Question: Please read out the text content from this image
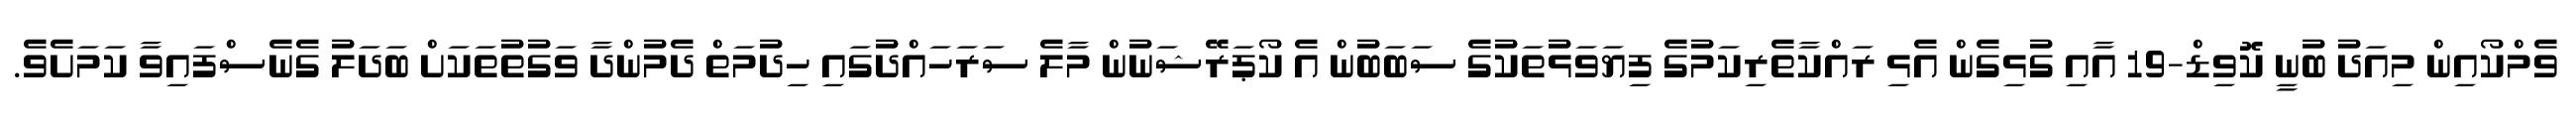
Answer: ވެމްކޯއިން މިއަދު ބުނީ ކޮވިޑް-19 އާއި ގުޅިގެން އެޅި ރައްކާތެރިކަމުގެ ފިޔަވަޅުތަކުގެ ސަބަބުން އެ ކޯޕަރޭޝަނުން މާލެ ސަރަހައްދުގައި ހިދުމަތް ދެމުންދާ ވަގުތުތަކަށް ބަދަލު ގެނެސްފައިވާ ކަމަށެވެ.